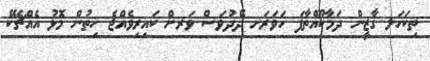
ތިކަހަލ ގާޒީން ދަމާކޫއްތާފަ ހަވަރަށ ދޭދުވަސް ވަރށް ކައިރިވެއްޖެ ހިތުން މޮޅު އެއްޗެކޭ